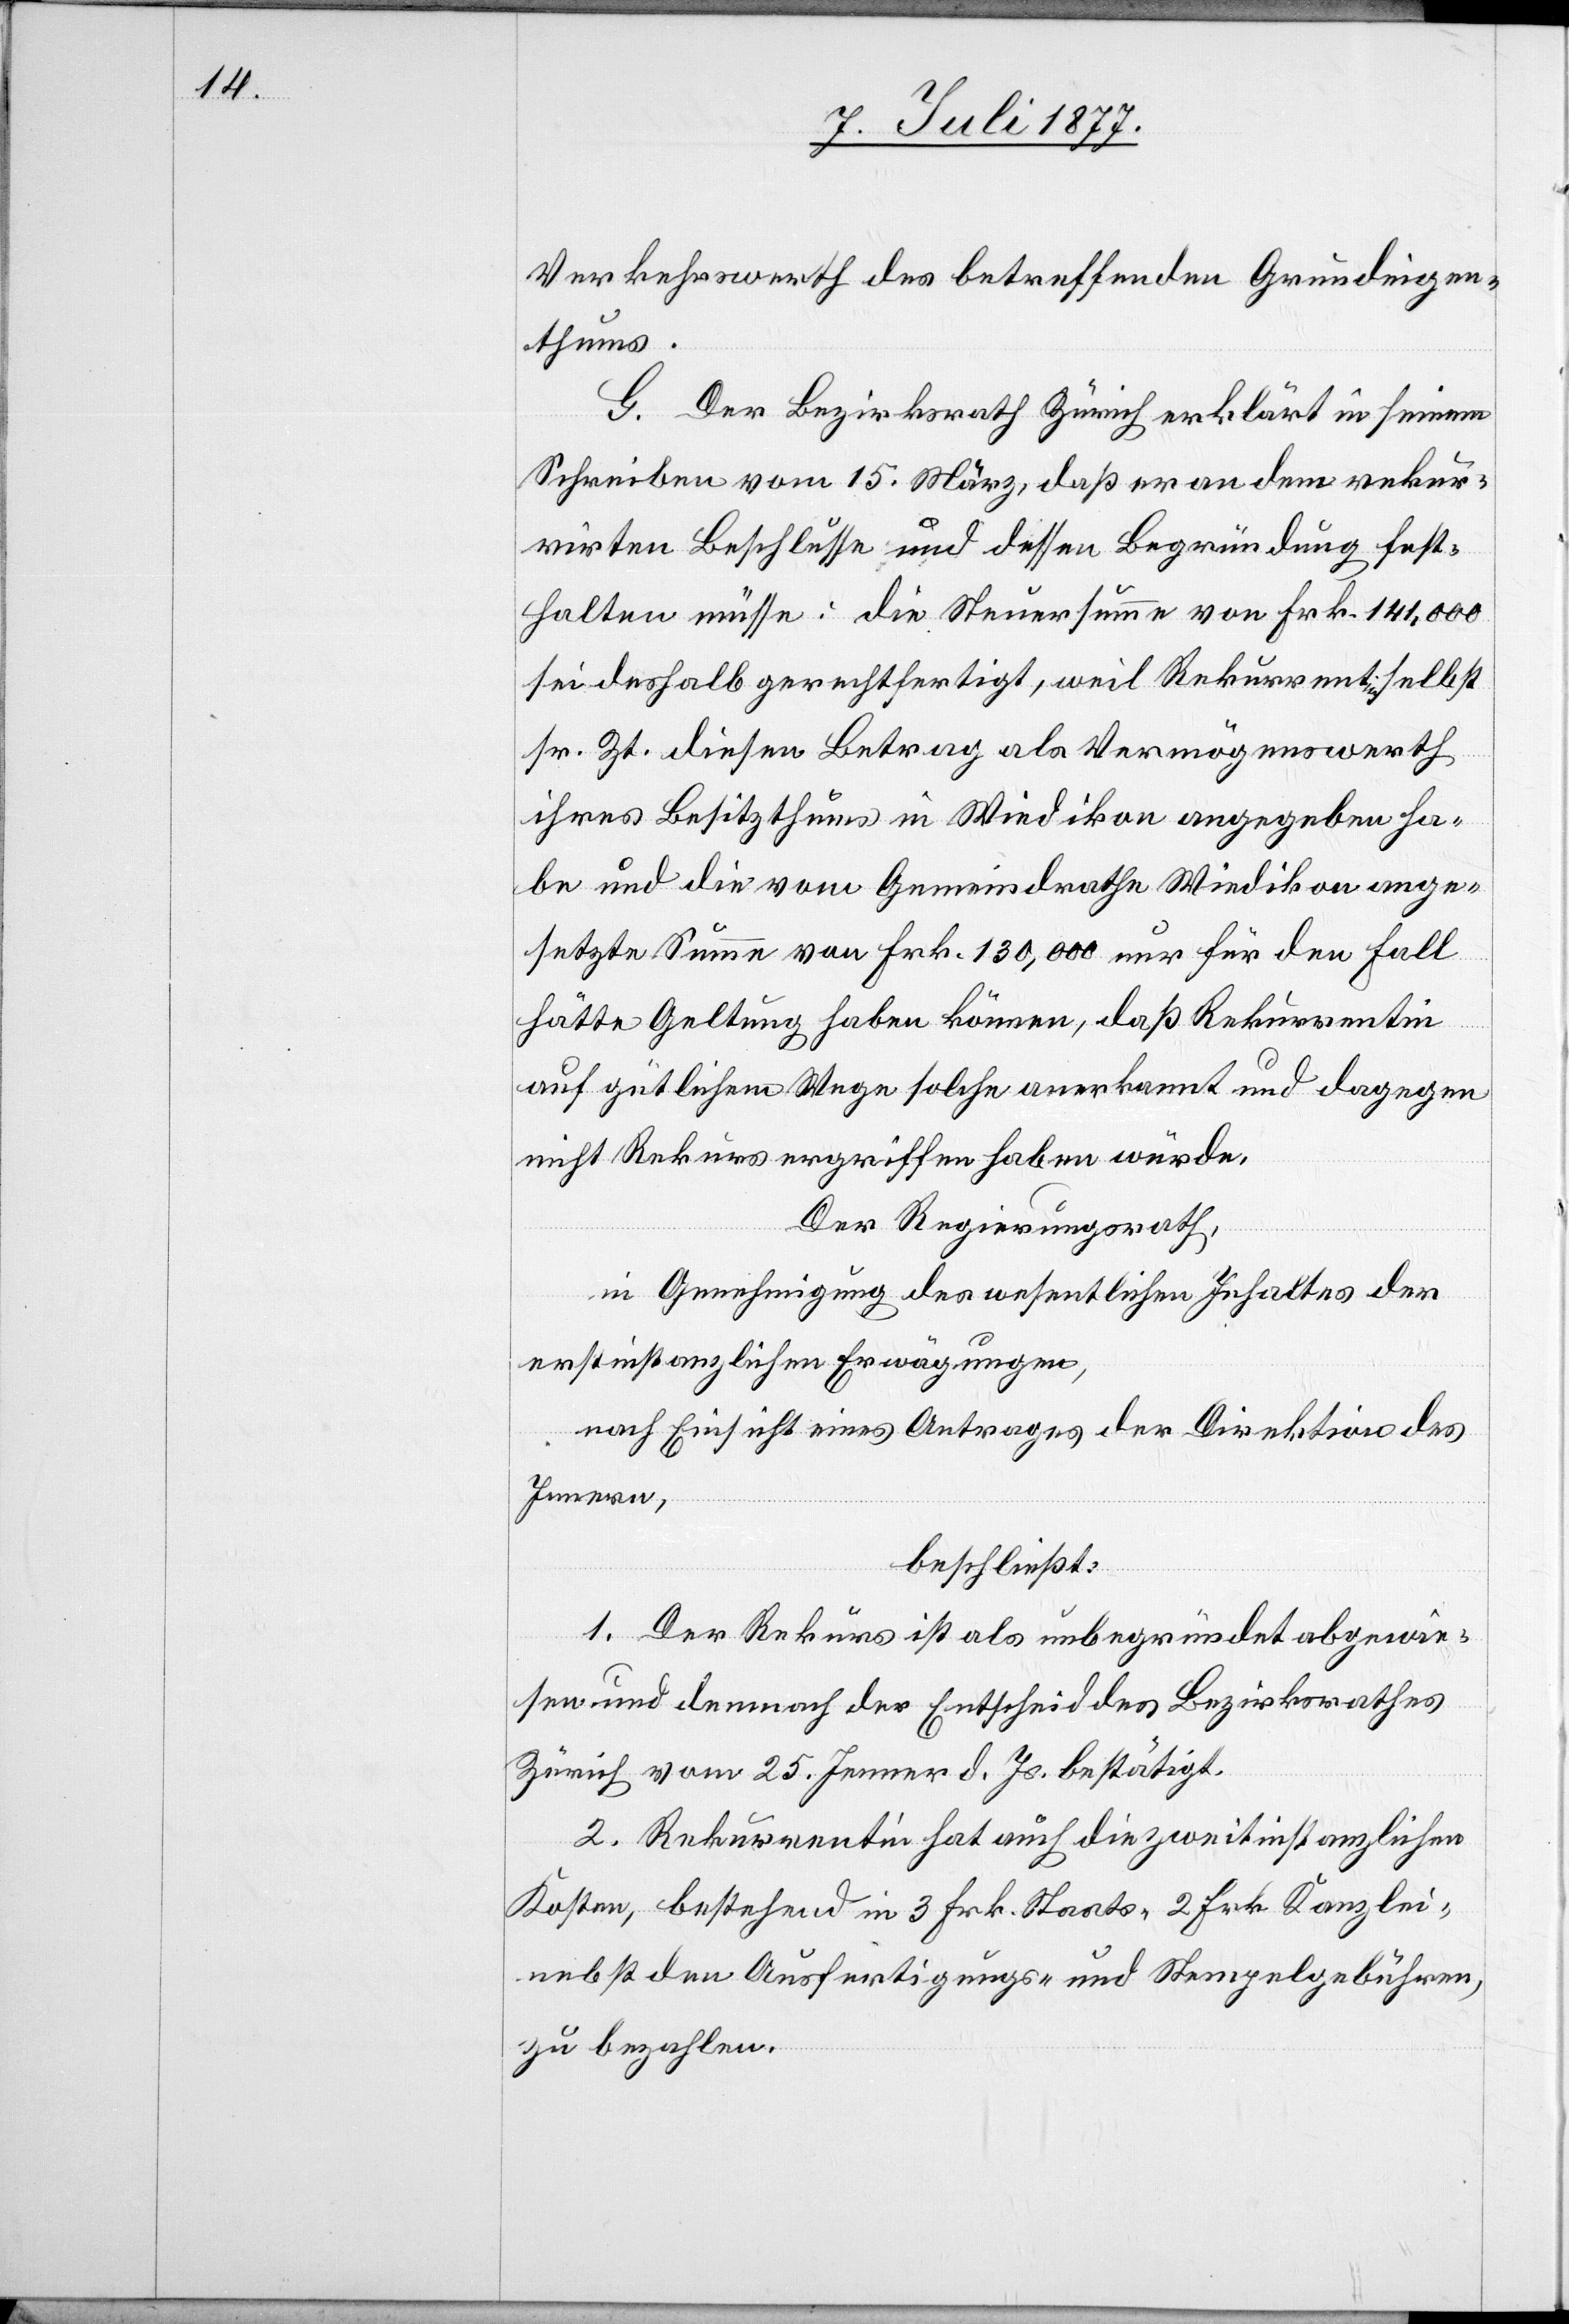
Verkehrswerth des betreffenden Grundeigen¬
thums.
G.
Der Bezirksrath Zürich erklärt in seinem
Schreiben vom 15. März, daß er an dem rekur¬
rirten Beschlusse und dessen Begründung fest¬
halten müsse: die Steuersumme von Frk. 141,000
sei deshalb gerechtfertigt, weil Rekurrentin selbst
sr. Zt. diesen Betrag als Vermögenswerth
ihres Besitzthums in Wiedikon angegeben ha¬
be und die vom Gemeindrathe Wiedikon ange¬
setzte Summe von Frk. 130,000 nur für den Fall
hätte Geltung haben können, daß Rekurrentin
auf gütlichem Wege solche anerkannt und dagegen
nicht Rekurs ergriffen haben würde.
Der Regierungsrath,
in Genehmigung des wesentlichen Inhaltes der
erstinstanzlichen Erwägungen,
nach Einsicht eines Antrages der Direktion des
Innern,
beschließt:
1. Der Rekurs ist als unbegründet abgewie¬
sen und demnach der Entscheid des Bezirksrathes
Zürich vom 25. Jenner d. Js. bestätigt.
2. Rekurrentin hat auch die zweitinstanzlichen
Kosten, bestehend in 3 Frk. Staats-[,] 2 Frk. Kanzlei-[,]
nebst den Ausfertigungs- und Stempelgebühren,
zu bezahlen.